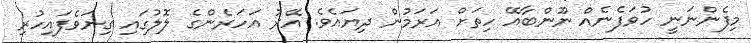
މިފެންނަނީ ހުވަފެނެއް ނޫންބާއޭ ހިތަށް އަރަމުން ދިޔައެވެ. އޭރު އަހަރެންގެ ލޮލުގައި ގިނަވެފައިހުރި